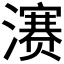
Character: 𪷱